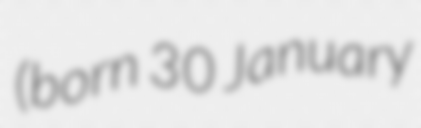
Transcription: (born 30 January